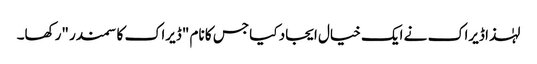
لہٰذا ڈیراک نے ایک خیال ایجاد کیا جس کا نام "ڈیراک کا سمندر "رکھا۔